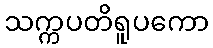
သက္ကပတိရူပကော